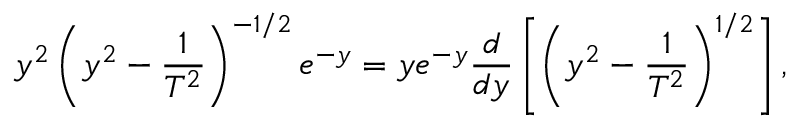
y ^ { 2 } \left( y ^ { 2 } - \frac { 1 } { T ^ { 2 } } \right) ^ { - 1 / 2 } e ^ { - y } = y e ^ { - y } \frac { d } { d y } \left[ \left( y ^ { 2 } - \frac { 1 } { T ^ { 2 } } \right) ^ { 1 / 2 } \right] ,